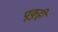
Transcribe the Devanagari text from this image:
पूकुट्टी